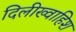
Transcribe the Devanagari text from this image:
दिलीख्वाहिश